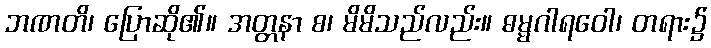
ဘဏတိ၊ ပြောဆို၏။ အတ္တနာ စ၊ မိမိသည်လည်း။ ဓမ္မဂါရဝေါ၊ တရား၌